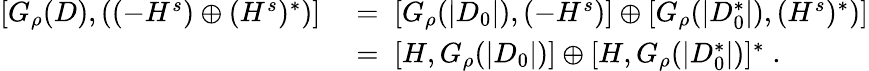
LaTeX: \begin{array}{rl}{[G_{\rho}(D),((-H^{s})\oplus(H^{s})^{*})]}&{\; =\; [G_{\rho}(|D_{0}|),(-H^{s})]\oplus[G_{\rho}(|D_{0}^{*}|),(H^{s})^{*})]}\\ &{\; =\; [H,G_{\rho}(|D_{0}|)]\oplus[H,G_{\rho}(|D_{0}^{*}|)]^{*}\; .}\end{array}